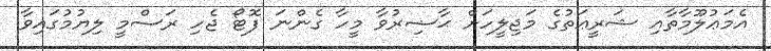
އެމަޢުލޫމާތާއި ޝަރީޢަތުގެ މަޖިލީހަށް ޙާޟިރުވާ މީހާ ގެންނަ ފޮޓޯ ޖެހި ރަސްމީ ލިޔުމުގައިވާ